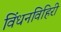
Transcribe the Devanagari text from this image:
विंधनविहिरी